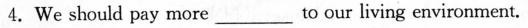
4.We should pay more ___ to our living environment.